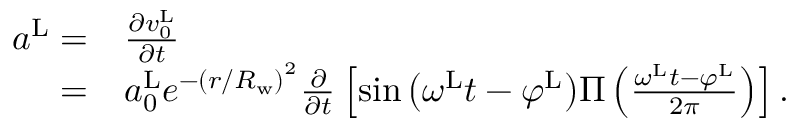
\begin{array} { r l } { a ^ { \mathrm { L } } = } & { \frac { \partial v _ { 0 } ^ { \mathrm { L } } } { \partial t } } \\ { = } & { a _ { 0 } ^ { \mathrm { L } } e ^ { - { ( { r / R _ { \mathrm { w } } } ) } ^ { 2 } } \frac { \partial } { \partial t } \left\lbrack { \sin \left( { \omega ^ { \mathrm { L } } t - \varphi ^ { \mathrm { L } } } \right) } \Pi \left( \frac { \omega ^ { \mathrm { L } } t - \varphi ^ { \mathrm { L } } } { 2 \pi } \right) \right\rbrack . } \end{array}